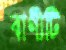
বাণীটি